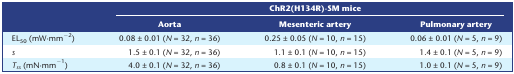
<table><thead><tr><td rowspan="2"></td><td colspan="3"><b>ChR2(H134R)‐SM mice</b></td></tr><tr><td><b>Aorta</b></td><td><b>Mesenteric artery</b></td><td><b>Pulmonary artery</b></td></tr></thead><tbody><tr><td>EL<sub>50</sub> (mW·mm<sup>−2</sup>)</td><td>0.08 ± 0.01 (<i>N</i> = 32, <i>n</i> = 36)</td><td>0.25 ± 0.05 (<i>N</i> = 10, <i>n</i> = 15)</td><td>0.06 ± 0.01 (<i>N</i> = 5, <i>n</i> = 9)</td></tr><tr><td><i>s</i></td><td>1.5 ± 0.1 (<i>N</i> = 32, <i>n</i> = 36)</td><td>1.1 ± 0.1 (<i>N</i> = 10, <i>n</i> = 15)</td><td>1.4 ± 0.1 (<i>N</i> = 5, <i>n</i> = 9)</td></tr><tr><td><i>T</i><sub><i>ss</i></sub> (mN·mm<sup>−1</sup>)</td><td>4.0 ± 0.1 (<i>N</i> = 32, <i>n</i> = 36)</td><td>0.8 ± 0.1 (<i>N</i> = 10, <i>n</i> = 15)</td><td>1.0 ± 0.1 (<i>N</i> = 5, <i>n</i> = 9)</td></tr></tbody></table>